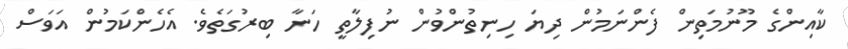
ކާއިންގެ މޫނުމަތިން ފެންނަމުން ދިޔަ ހިނިތުންވުން ނުފިލާތީ ހަނާ ބިރުގަތެވެ. އެހެންކަމުން އަވަސް